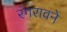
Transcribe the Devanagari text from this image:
रंगरावने